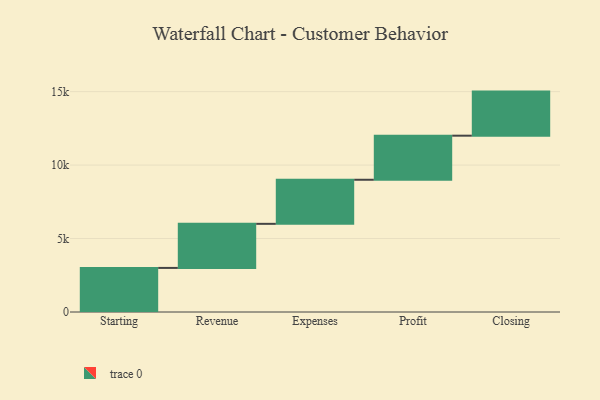
{"axis": {"x": "Step", "y": "Value"}, "legend": [""], "data": [{"x": "Starting", "y": 3000, "type": ""}, {"x": "Revenue", "y": 3000, "type": ""}, {"x": "Expenses", "y": 3000, "type": ""}, {"x": "Profit", "y": 3000, "type": ""}, {"x": "Closing", "y": 3000, "type": ""}]}